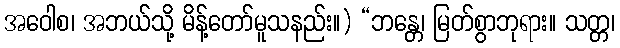
အဝေါစ၊ အဘယ်သို့ မိန့်တော်မူသနည်း။) “ဘန္တေ၊ မြတ်စွာဘုရား။ သတ္တ၊